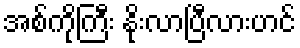
အစ်ကိုကြီး နိုးလာပြီလားဟင်